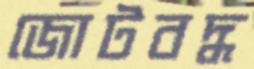
জোটবদ্ধ